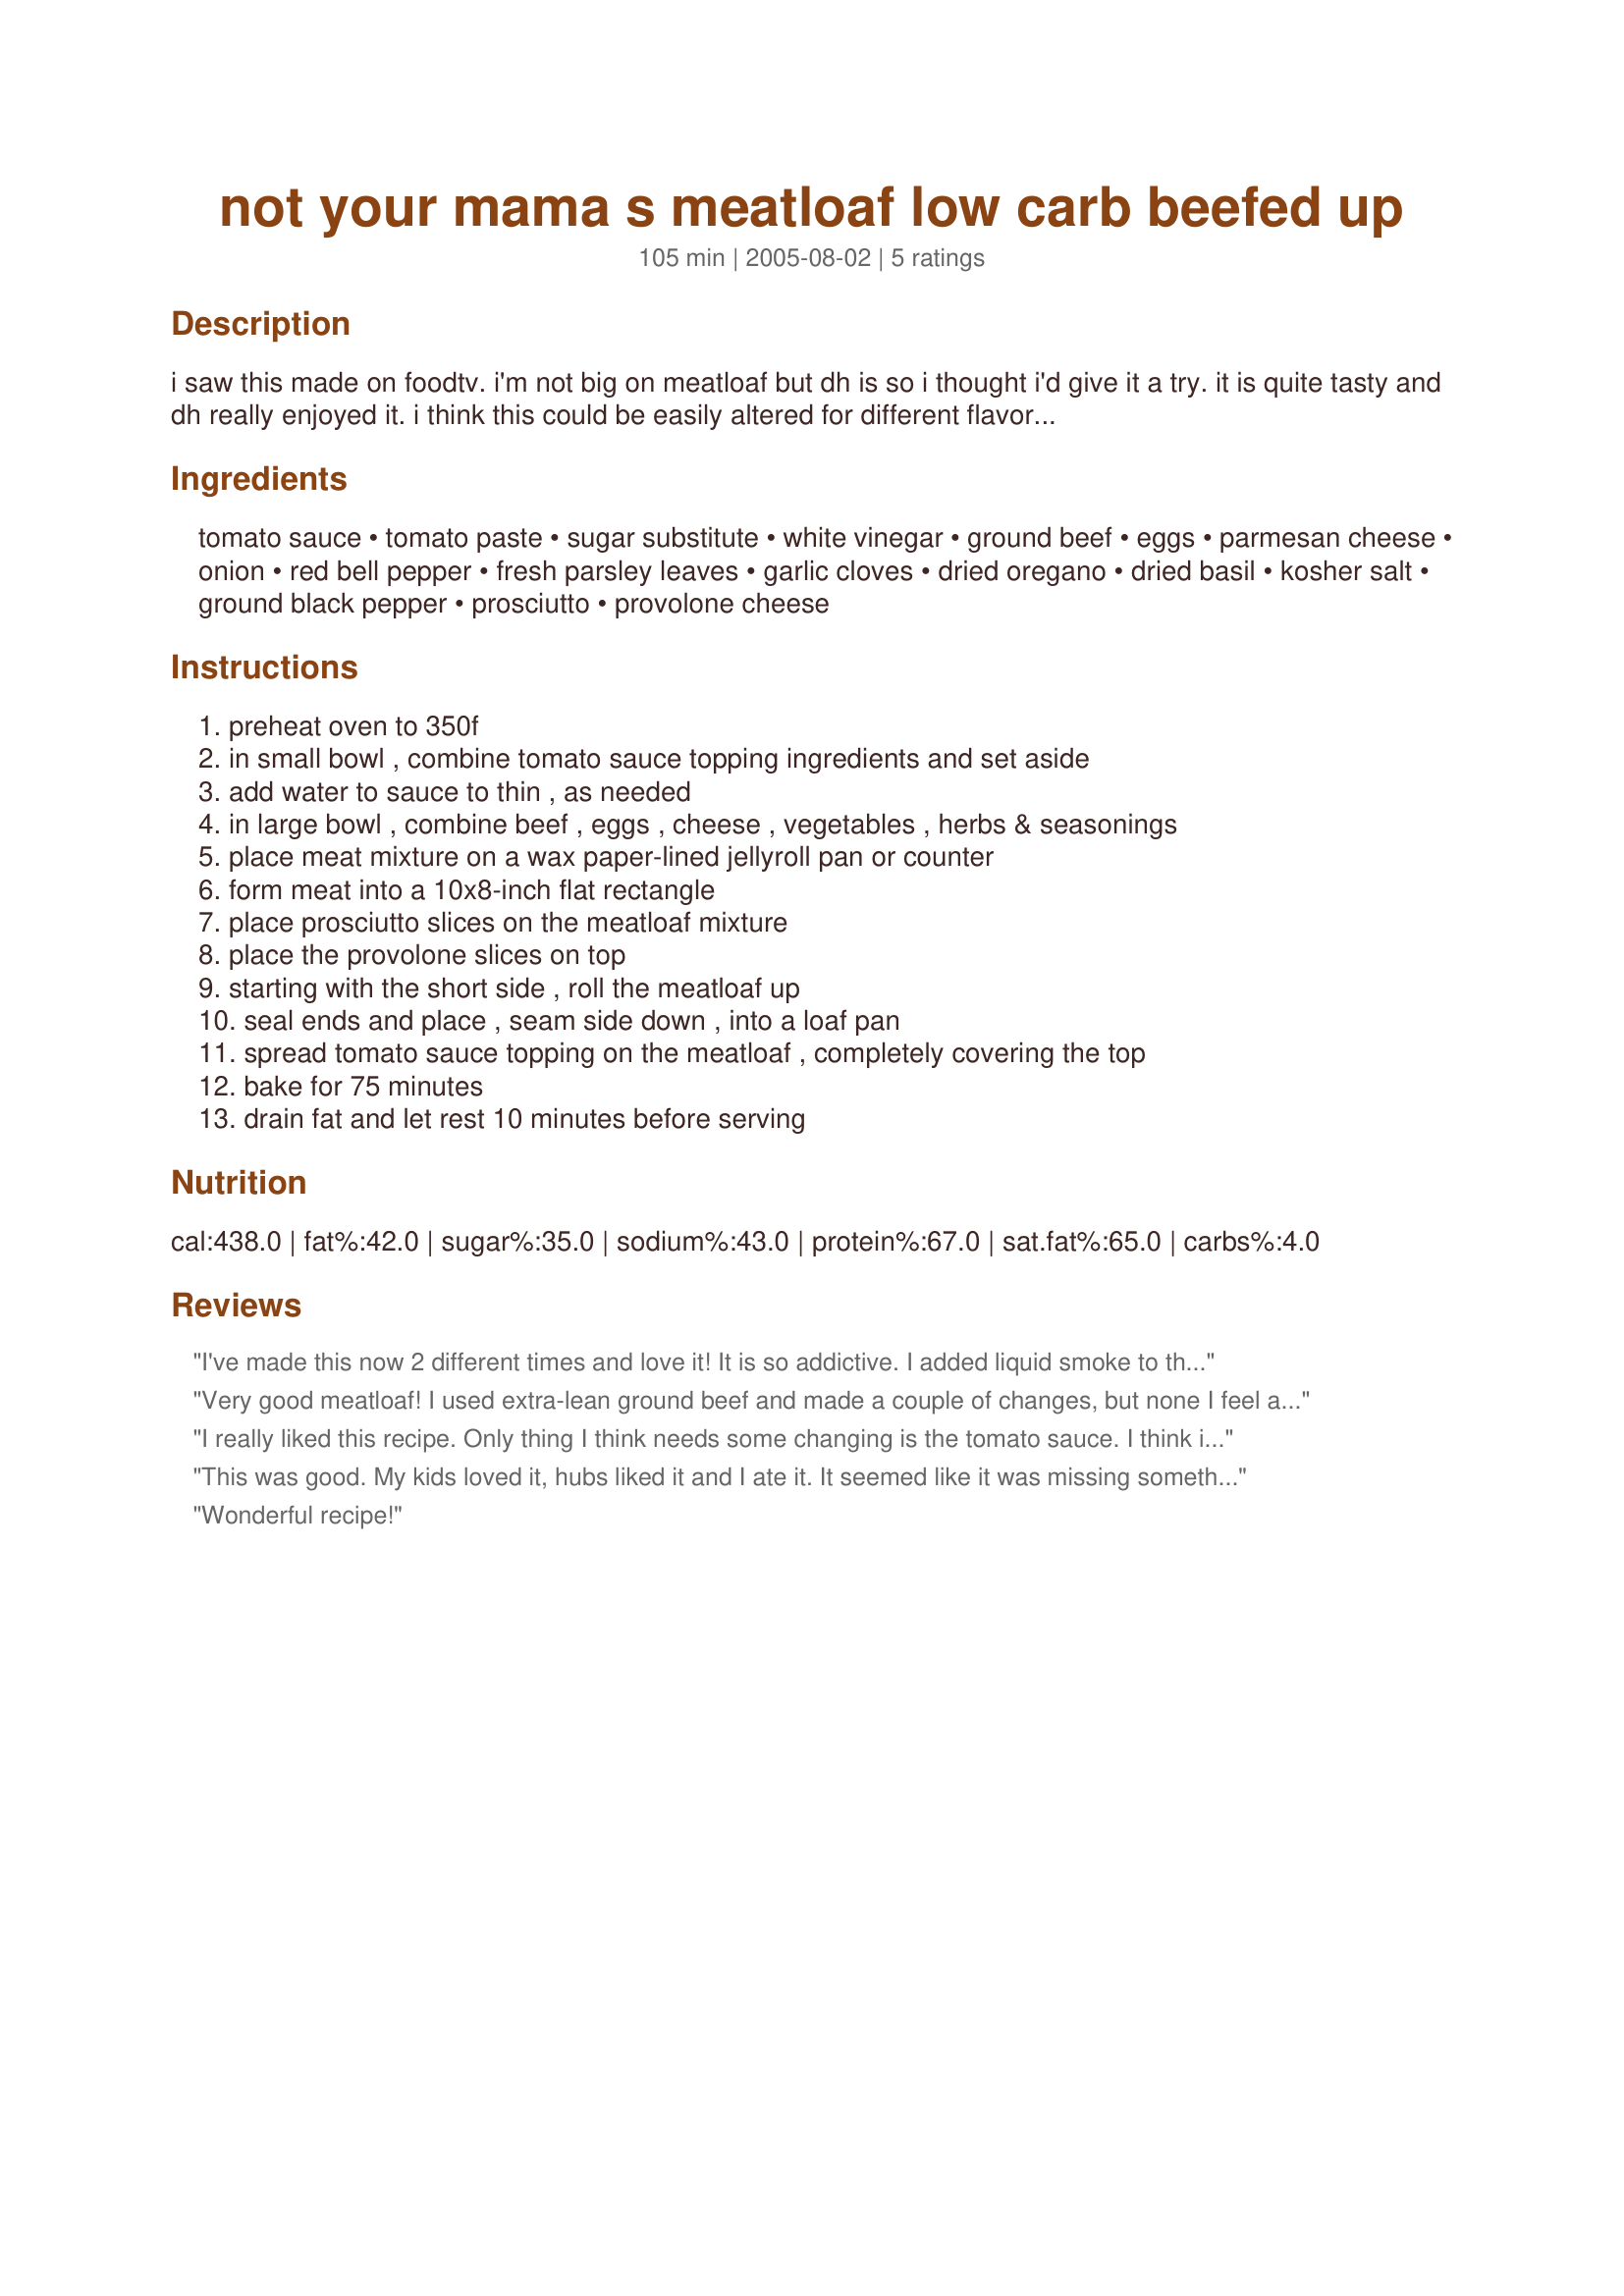
not your mama s meatloaf low carb beefed up
Preparation time: 105 minutes

i saw this made on foodtv. i'm not big on meatloaf but dh is so i thought i'd give it a try. it is quite tasty and dh really enjoyed it. i think this could be easily altered for different flavors or cuisines. it is supposed to be a healthier version of the one your mother made. i made this without the prosciutto.

Ingredients:
tomato sauce, tomato paste, sugar substitute, white vinegar, ground beef, eggs, parmesan cheese, onion, red bell pepper, fresh parsley leaves, garlic cloves, dried oregano, dried basil, kosher salt, ground black pepper, prosciutto, provolone cheese

Steps:
preheat oven to 350f, in small bowl , combine tomato sauce topping ingredients and set aside, add water to sauce to thin , as needed, in large bowl , combine beef , eggs , cheese , vegetables , herbs & seasonings, place meat mixture on a wax paper-lined jellyroll pan or counter, form meat into a 10x8-inch flat rectangle, place prosciutto slices on the meatloaf mixture, place the provolone slices on top, starting with the short side , roll the meatloaf up, seal ends and place , seam side down , into a loaf pan, spread tomato sauce topping on the meatloaf , completely covering the top, bake for 75 minutes, drain fat and let rest 10 minutes before serving

Reviews:
I've made this now 2 different times and love it! It is so addictive.
I added liquid smoke to the sauce and some garlic and onion powder and so it has a stronger barbecue flavor. I just love George Stella!
Very good meatloaf! I used extra-lean ground beef and made a couple of changes, but none I feel are significant to the integrity of the recipe. I formed a larger rectangle (more like 12X9-inches) as I thought it would be easier to roll with the filling, and I used extra prosciutto (I sliced it myself, and really didn't get it sliced as thin as it should have been). I also used regular sugar in the tomato sauce topping which, by the way, is a LOT of topping. Maybe it's because I don't usually put a topping on mine, but I put as much on the meatloaf as I could, and still had quite a bit left. I didn't bake in a loaf pan, just transferred after rolled to a baking dish and covered the entire exposed surface with the topping. In any case, this is a great recipe and I am looking very forward to making sandwiches from the leftovers tomorrow. :) Thanks for posting it!
I really liked this recipe. Only thing I think needs some changing is the tomato sauce. I think it was too tomatoy... if that makes any sense. This will make a great OAMC item. It freezes well. I made it up to step 10. Wrapped in the Wax paper after i rolled it up. Put in Zipplock bag and froze. The sauce I put in another bag and attached it to it. Thawed in fridge over night and cooked as directed. TY for posting this. I will make again.
This was good. My kids loved it, hubs liked it and I ate it. It seemed like it was missing something...a little more salt or seasoning...something. I will try it again with variations.
Wonderful recipe!
